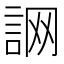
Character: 𧧜